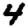
Digit: 4